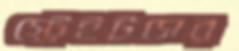
স্ট্রেইটসের